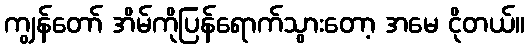
ကျွန်တော် အိမ်ကိုပြန်ရောက်သွားတော့ အမေ ငိုတယ်။